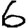
Digit: 6